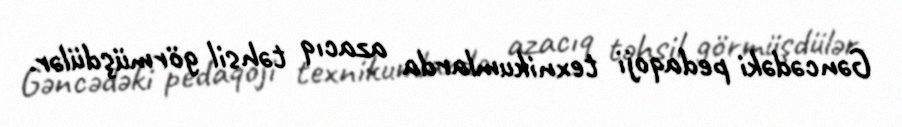
Gəncədəki pedaqoji texnikumlarda azacıq təhsil görmüşdülər.